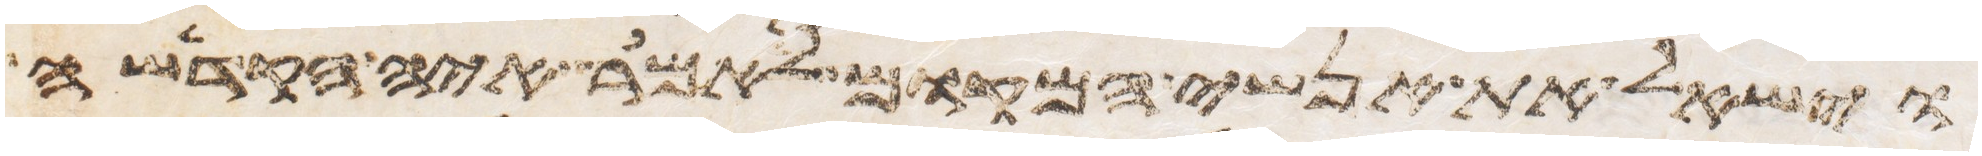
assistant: וישאל את אנשי המקום לאמר איה הקדשה